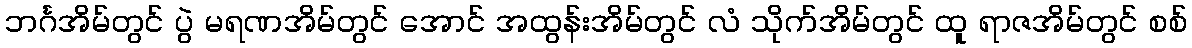
ဘင်္ဂအိမ်တွင် ပွဲ မရဏအိမ်တွင် အောင် အထွန်းအိမ်တွင် လံ သိုက်အိမ်တွင် ထူ ရာဇအိမ်တွင် စစ်